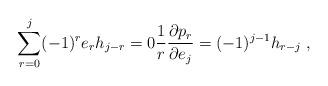
LaTeX: \begin{align*}\sum_{r=0}^{j}(-1)^{r}e_{r}h_{j-r}=0\frac{1}{r}\frac{\partial p_{r}}{\partial e_{j}}=(-1)^{j-1}h_{r-j}\;,\end{align*}